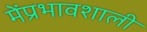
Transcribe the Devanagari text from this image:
मेंप्रभावशाली